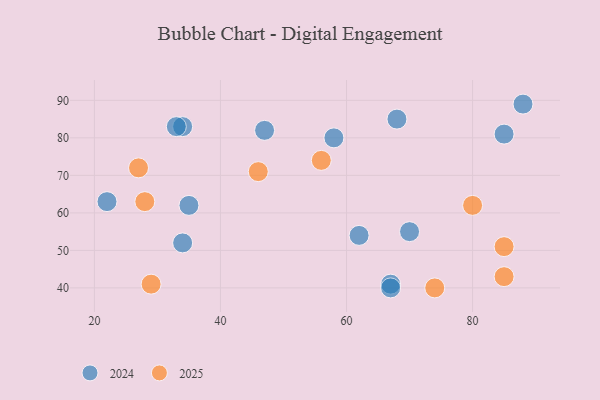
{"axis": {"x": "GDP", "y": "Life Expectancy"}, "legend": ["2024", "2025"], "data": [{"x": "34", "y": 83, "type": "2024"}, {"x": "47", "y": 82, "type": "2024"}, {"x": "85", "y": 81, "type": "2024"}, {"x": "68", "y": 85, "type": "2024"}, {"x": "70", "y": 55, "type": "2024"}, {"x": "58", "y": 80, "type": "2024"}, {"x": "67", "y": 41, "type": "2024"}, {"x": "62", "y": 54, "type": "2024"}, {"x": "88", "y": 89, "type": "2024"}, {"x": "35", "y": 62, "type": "2024"}, {"x": "34", "y": 52, "type": "2024"}, {"x": "22", "y": 63, "type": "2024"}, {"x": "33", "y": 83, "type": "2024"}, {"x": "67", "y": 40, "type": "2024"}, {"x": "85", "y": 43, "type": "2025"}, {"x": "56", "y": 74, "type": "2025"}, {"x": "80", "y": 62, "type": "2025"}, {"x": "29", "y": 41, "type": "2025"}, {"x": "27", "y": 72, "type": "2025"}, {"x": "46", "y": 71, "type": "2025"}, {"x": "85", "y": 51, "type": "2025"}, {"x": "28", "y": 63, "type": "2025"}, {"x": "74", "y": 40, "type": "2025"}]}